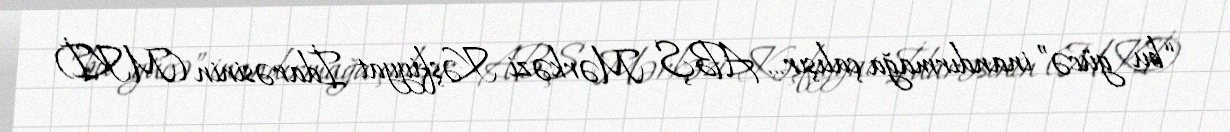
“bu gücə” inandırmağa çalışır... ABŞ Mərkəzi Kəşfiyyat İdarəsinin (MKİ)